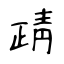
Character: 靕